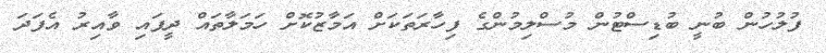
ފުލުހުން ބުނީ ބުޑިސްޓުން މުސްލިމުންގެ ފިހާރަތަކަށް އަމާޒުކޮށް ހަމަލާތައް ދީފައި ވާއިރު އެފަދަ